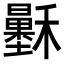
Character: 𥣷